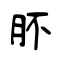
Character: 肧